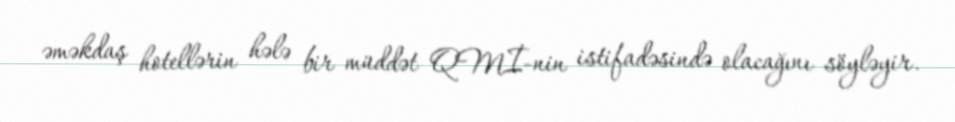
əməkdaş hotellərin hələ bir müddət QMİ-nin istifadəsində olacağını söyləyir.